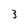
Character: 3